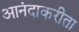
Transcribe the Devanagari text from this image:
आनंदाकरीता